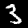
Label: 3